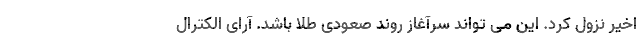
اخیر نزول کرد. این می تواند سرآغاز روند صعودی طلا باشد. آرای الکترال